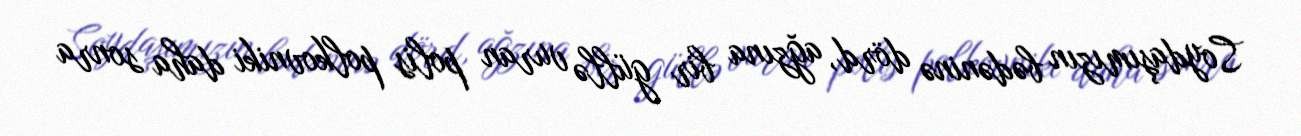
Soydaşımızın bədəninə dörd, ağzına bir güllə vuran polis polkovniki daha sonra